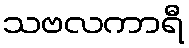
သဗလကာရီ